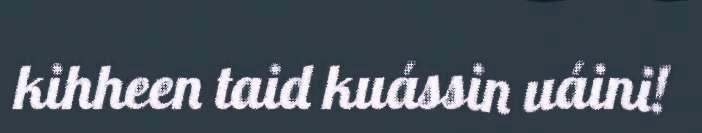
kihheen taid kuássin uáini!